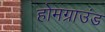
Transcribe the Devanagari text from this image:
होमग्राउंड